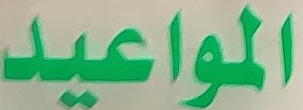
المواعيد